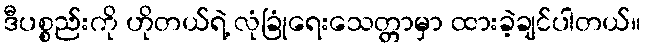
ဒီပစ္စည်းကို ဟိုတယ်ရဲ့ လုံခြုံရေးသေတ္တာမှာ ထားခဲ့ချင်ပါတယ်။